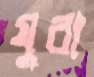
যুবা